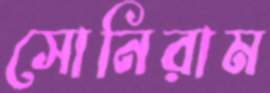
সোনিরাম